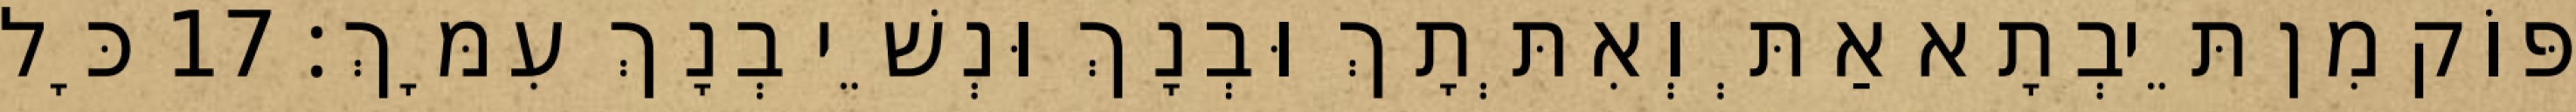
פּוֹק מִן תֵּיבְתָא אַתְּ וְאִתְּתָךְ וּבְנָךְ וּנְשֵׁי בְנָךְ עִמָּךְ׃ 17 כָּל